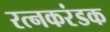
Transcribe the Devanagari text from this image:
रत्नकरंडक